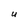
Character: u